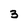
Character: 3